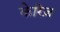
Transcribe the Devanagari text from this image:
केरिज़